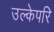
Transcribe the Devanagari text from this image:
उल्केपरि